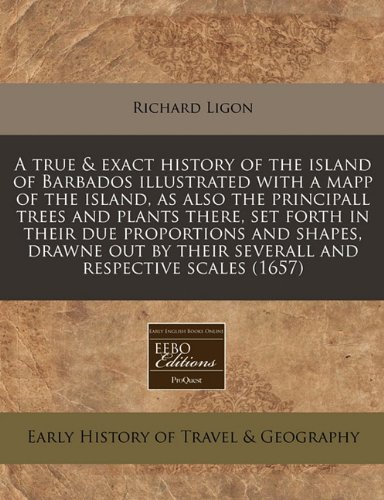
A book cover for A true & exact history of the island of Barbados illustrated with a mapp of the island, as also the principall trees and plants there, set forth in ... their severall and respective scales (1657); Richard Ligon; Travel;